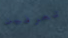
تعرفين